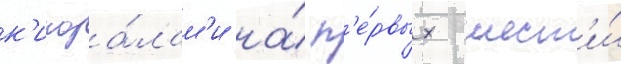
к'иноза́лам'и на́ п'е́рвых шест'и́